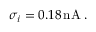
\sigma _ { i } = 0 . 1 8 \, \mathrm { n A } \; .